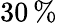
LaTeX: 30\, \%